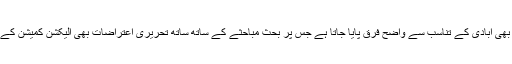
اسی طرح صوبائی حلقوں میں بھی آبادی کے تناسب سے واضح فرق پایا جاتا ہے جس پر بحث مباحثے کے ساتھ ساتھ تحریری اعتراضات بھی الیکشن کمیشن کے پاس جمع کرائے جارہے ہیں۔